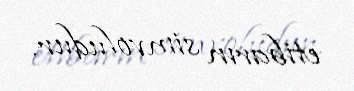
etibarın simvoludur.